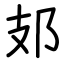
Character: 𨙸